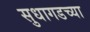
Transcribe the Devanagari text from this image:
सुधागडच्या